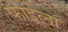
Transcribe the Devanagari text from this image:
फाईला